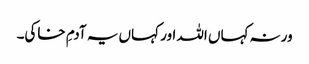
ورنہ کہاں اللہ اور کہاں یہ آدمِ خاکی۔